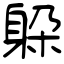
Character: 躱